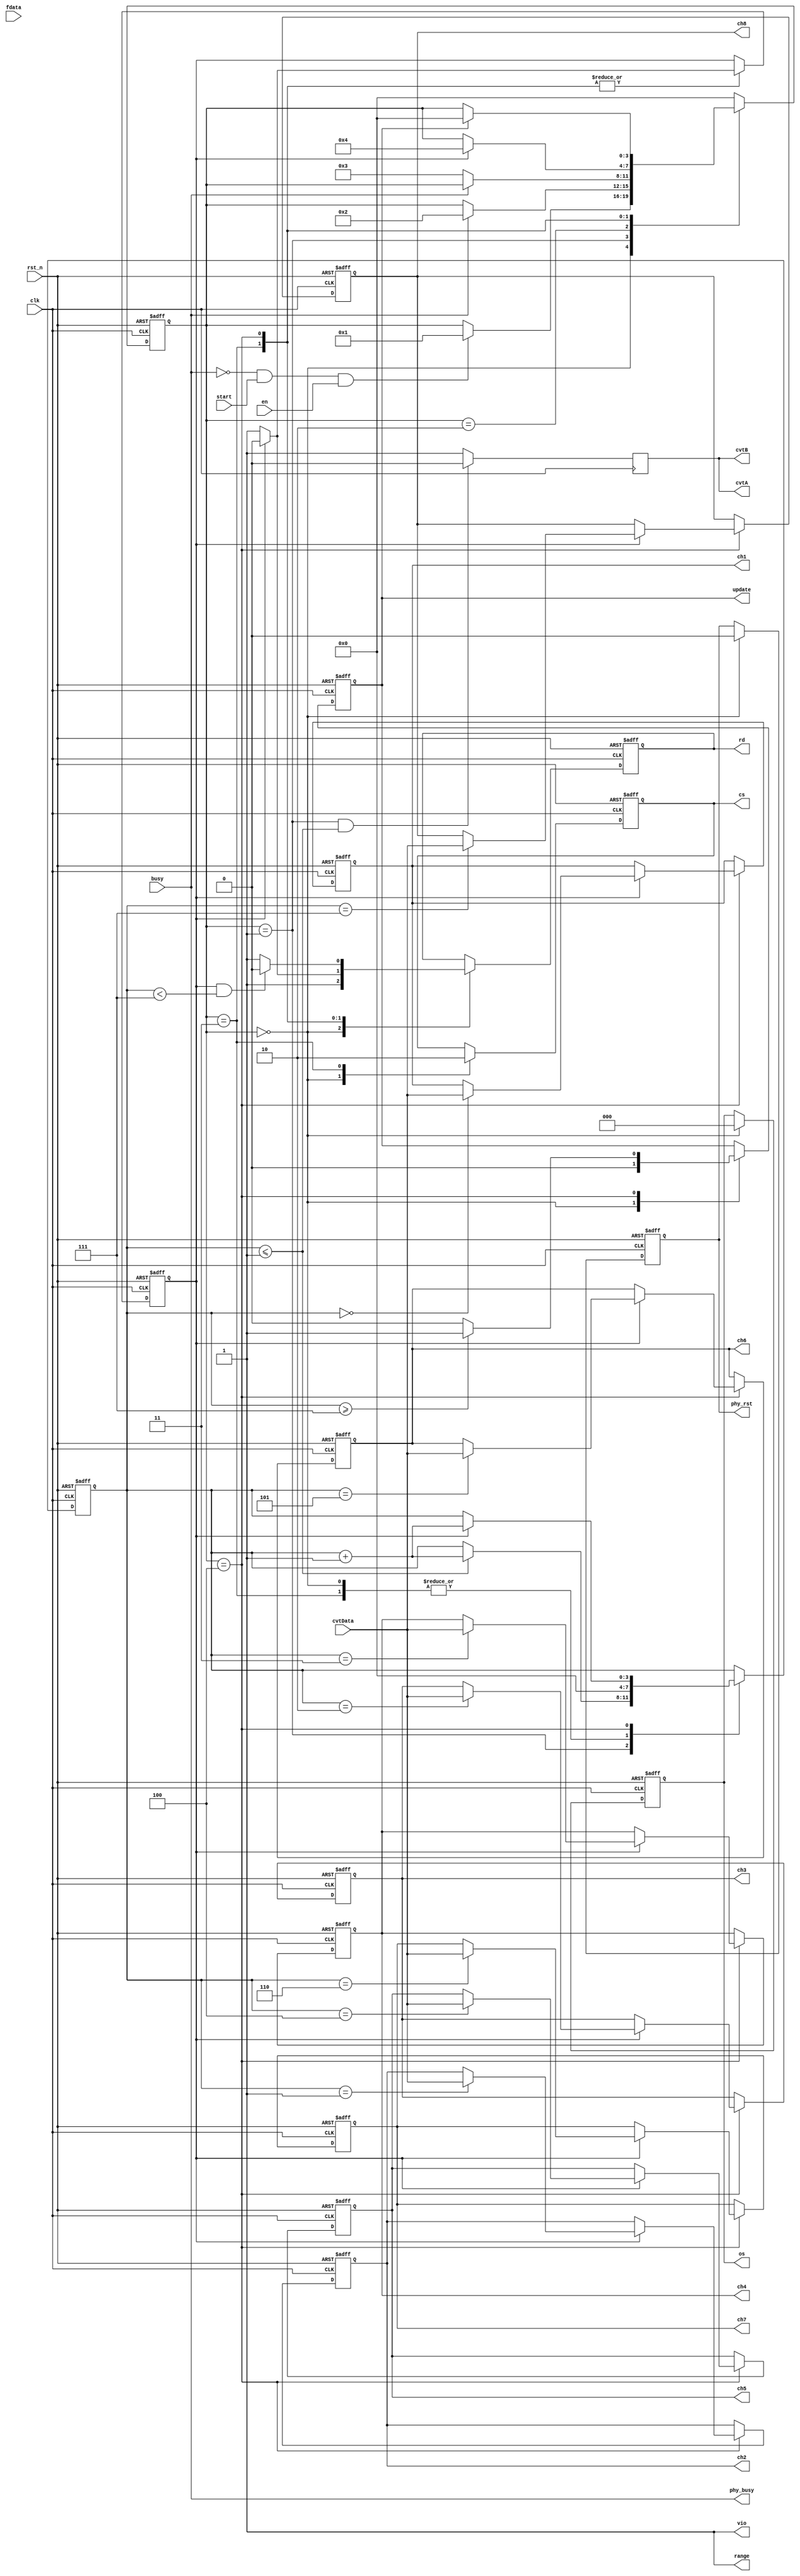
/**
	*	@Function: AD7606 control
	*	@Date		:	2019/05/09
	*	@Vision	:	v2.0
	*	@Note		:
						reference to the previous design
						AD7606 data sheet
	*	@Author	:	WoodFan
	*	@param clk	:	fpga main clk
	*	@param rst_n:	active low reset signal.
	*	@param en	:	control frequency of sampling
	*	@param start:	active high start sampling signal
	*	@param busy	:	ADC Busy Output, which indicates the status of the conversion
	*	@param fdata:	AD7606 control signal
	*	@param cvtData:ADC data bus used to read from AD7606
	*	@param cs	:	ADC chip select. Active low 
	*	@param rd	:	ADC read request. Active low
	*	@param cvtX	:	ADC convert signal, which falling edge on cvt is used to initiate a conversion.
	*	@param range:	ADC acceptable voltage range, Active High indicate 10V, low indicate 5V
	*	@param phy_rst:ADC reset signal, active high
	*	@param vio	ADC I/O volatage 
	
	*	@retval chx	:	Channel data read from ADC
	*	@retval update:	ADC data update indicate signal
	*	@retval phy_busy: Output indicates that the ADC is converting
	*/

module AD7606_ctrl 
#(
parameter	RANGE_10V 		   	=	1,
parameter	WAIT_CNT					=	1,
parameter	T2							=	2
)
(
	//system signals
	input						clk		,
	input						rst_n		,
	//time control
	input						en			,
	//contrl start
	input						start		,
	//phy interface and signals
	input						busy		,
	input						fdata		,
	input	[15:0]			cvtData	,
	
	output	reg			cs			,
	output	reg			rd			,
	output					cvtA		,
	output					cvtB		,
	output					range		,
	output	reg			phy_rst	,
	output	reg	[ 2:0]os			,
	
	output	reg	[15:0]ch1		,
	output	reg	[15:0]ch2		,
	output	reg	[15:0]ch3		,
	output	reg	[15:0]ch4		,
	output	reg	[15:0]ch5		,
	output	reg	[15:0]ch6		,
	output	reg	[15:0]ch7		,
	output	reg	[15:0]ch8		,
	output	reg			update	,
	output					phy_busy	,
	
	output						vio		
);
localparam	IDLE	=	4'd0	,
			CVT		=	4'd1	,
			BUSY		=	4'd2	,
			RD_ST		=	4'd3	,
			GET_DATA	=	4'd4	,
			WAIT_TIME= 	4'd6 ;


reg				cvtA_r		;
reg	[3:0]		state 		/* synthesis preserve */;
reg	[3:0]		nxt_state	;
reg	[3:0]		cnt			;
wire	[3:0]		ch_num		;
reg				flag			;

assign	cvtA = cvtA_r;
assign	cvtB = cvtA_r;
assign	ch_num= 4'd8;

assign 	range = (RANGE_10V == 1) ? 1'b1 : 1'b0;
assign	vio = 1'b1			;
assign	phy_busy = busy	;

always @ (posedge clk)
begin
	if (state == CVT && cnt <= T2 - 4'd1)
	begin
		cvtA_r	<=	1'b0;
	end
	else
	begin
		cvtA_r	<=	1'b1;
	end
end

always @ (posedge clk or negedge rst_n)
begin
	if (!rst_n)
		state	<=	IDLE;
	else 
		state	<=	nxt_state;
end

//FSM conditional jump
always @ (state, busy, start, en, flag, update)
begin
	nxt_state	<=	state;
	case (state)
	IDLE:
	begin
		if (!busy && start && en)
			nxt_state <= CVT;
	end
	
	CVT:
	begin
		if (busy)
			nxt_state <= BUSY;
	end
	
	BUSY:
	begin
		if (!busy)
			nxt_state <= RD_ST;
	end
	
	RD_ST:
	begin
		if (flag)
			nxt_state <= GET_DATA;
	end
	
	GET_DATA:
	begin
		if (update)
			nxt_state <= IDLE;
	end
	
	default: nxt_state <= IDLE;
	
	endcase
end

always @ (posedge clk or negedge rst_n)
begin
	if (!rst_n)
	begin
		cs		<=	1'b1;
		rd		<=	1'b1;
		update	<=	'd0;
		
		ch1 	<=	'd0;
		ch2 	<=	'd0;
		ch3 	<=	'd0;
		ch4 	<=	'd0;
		ch5 	<=	'd0;
		ch6 	<=	'd0;
		ch7 	<=	'd0;
		ch8 	<=	'd0;
		phy_rst	<=	1'b1;
		os		<=	'd0;
		cnt		<=	'd0;
		flag	<=	'd0;
	end
	else
	begin
		case (state)
		IDLE:
		begin
			cs	<=	1'b1;
			rd	<=	1'b1;
			update	<=	'd0;
		
			phy_rst	<=	'd0;
			os			<=	'd0;
			cnt		<=  'd0;
		end
		
		CVT:
		begin
			if (cnt <= T2 - 4'd1)
				cnt	<=	cnt + 4'd1;
		end
		
		RD_ST:
		begin
			cs 	<=	1'b0;
			cnt	<=	'd0;
			if (!flag)
			begin
				rd	<=	1'b1;
				flag<=1'b1;
			end
			else
			begin
				rd <=	1'b0;
				flag<=1'b0;
			end
		end
		
		GET_DATA:
		begin
			if (!flag)
			begin
				flag	<=	1'b1;
			end
			else
			begin
				flag	<=	1'b0;
				cnt	<=	cnt + 4'd1;
				case (cnt)
				4'd0:	ch1 <= cvtData;
				4'd1:	ch2 <= cvtData;
				4'd2:	ch3 <= cvtData;
				4'd3:	ch4 <= cvtData;
				4'd4:	ch5 <= cvtData;
				4'd5:	ch6 <= cvtData;
				4'd6:	ch7 <= cvtData;
				4'd7:	ch8 <= cvtData;
				default: ;
				endcase
			end
			
			if (flag && cnt < ch_num - 1)
				rd	<=	1'b0;
			else
				rd	<=	1'b1;
			
			if (cnt >= ch_num - 1)
				update <= 1'b1;
			else
				update <= 1'b0;
		end
		
		default: ;
		endcase
	end
end

endmodule